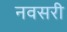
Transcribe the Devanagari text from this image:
नवसरी